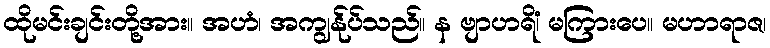
ထိုမင်းချင်းတို့အား။ အဟံ၊ အကျွန်ုပ်သည်။ န ဗျာဟရိံ၊ မကြားပေ။ မဟာရာဇ၊